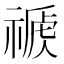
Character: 𥛕